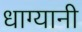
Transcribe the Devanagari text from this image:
धाग्यानी